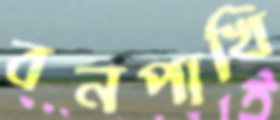
বনপাখি